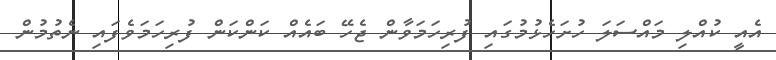
އެއީ ކުއްލި މައްސަލަ ހުށަހެޅުމުގައި ފުރިހަމަވާން ޖެހޭ ބައެއް ކަންކަން ފުރިހަމަވެފައި ނެތުމުން